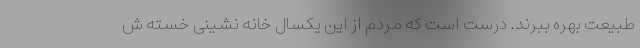
طبیعت بهره ببرند. درست است که مردم از این یکسال خانه نشینی خسته ش